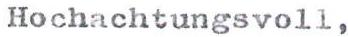
Hochachtungsvoll,